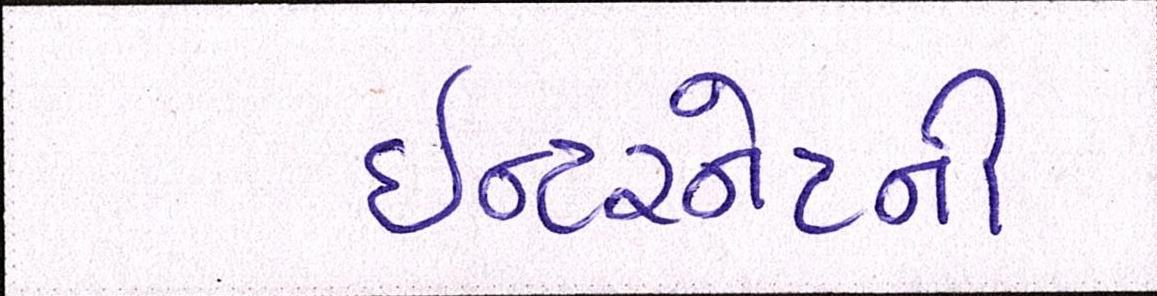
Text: ઈન્ટરનેટની